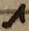
Text: 1